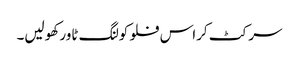
سرکٹ کراس فلو کولنگ ٹاور کھولیں۔